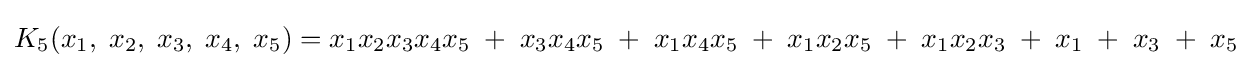
K_{5}(x_{1},\;x_{2},\;x_{3},\;x_{4},\;x_{5})=x_{1}x_{2}x_{3}x_{4}x_{5}\;+\;x_{3}x_{4}x_{5}\;+\;x_{1}x_{4}x_{5}\;+\;x_{1}x_{2}x_{5}\;+\;x_{1}x_{2}x_{3}\;+\;x_{1}\;+\;x_{3}\;+\;x_{5}